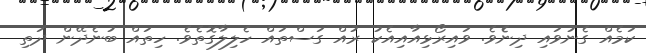
ކަމެއް ގެނުވައި ދިނެެވެ. ވައިރޯޅިއާއިއެކު ރުއް ގަސްތައް ހެލިލާގޮތެވެ. ހިތައް ބުނެދޭން ދަތި